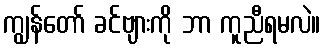
ကျွန်တော် ခင်ဗျားကို ဘာ ကူညီရမလဲ။